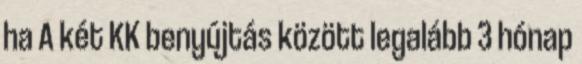
ha A két KK benyújtás között legalább 3 hónap